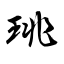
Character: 珧